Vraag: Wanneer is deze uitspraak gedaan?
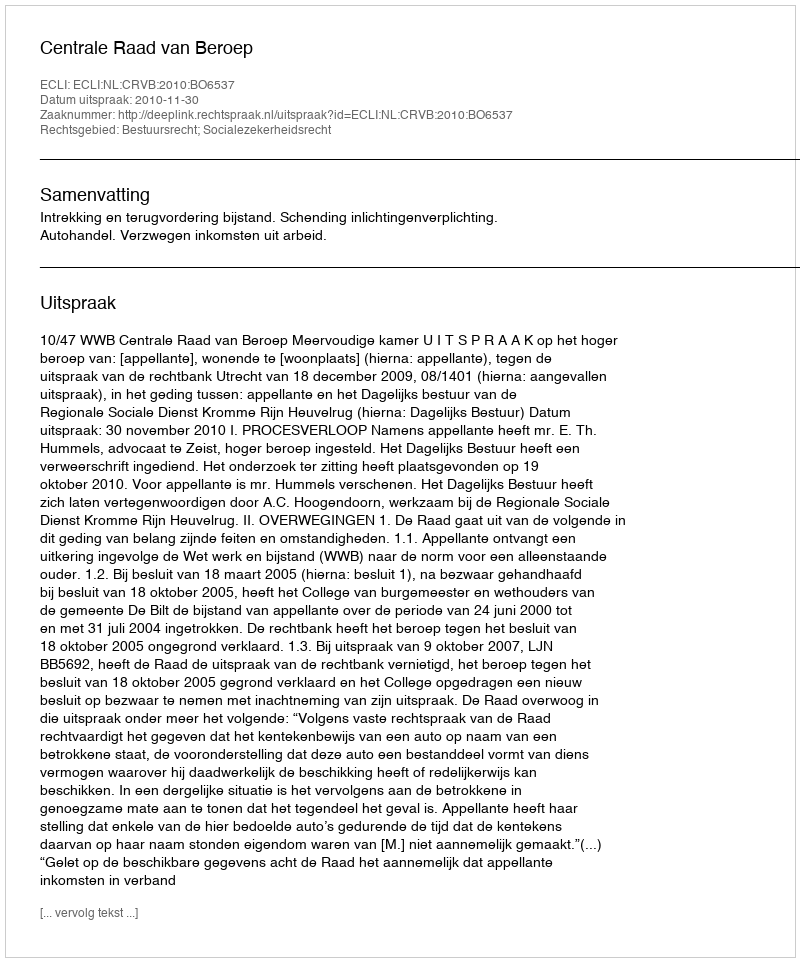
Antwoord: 2010-11-30